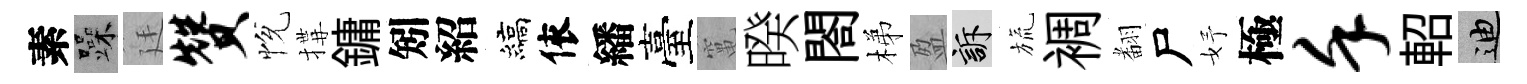
素躁廷赞恱搆鏞矧紹縞依繙臺𥧄暌閤梯盈訴旒裯𮋒尸妤極堇軺迪